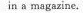
in a magazine.